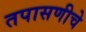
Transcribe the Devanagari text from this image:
तपासणीचे